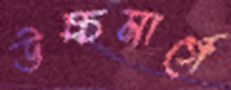
উচ্চমার্গে